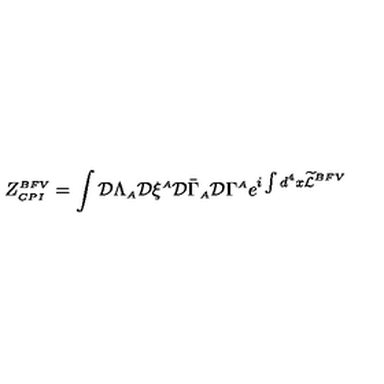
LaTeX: \displaystyle Z _ { \scriptscriptstyle C P I } ^ { \scriptscriptstyle B F V } = \int { \cal D } \Lambda _ { \scriptscriptstyle A } { \cal D } \xi ^ { \scriptscriptstyle A } { \cal D } \bar { \Gamma } _ { \scriptscriptstyle A } { \cal D } \Gamma ^ { \scriptscriptstyle A } e ^ { i \int d ^ { 4 } x \widetilde { \cal L } ^ { \scriptscriptstyle B F V } }